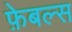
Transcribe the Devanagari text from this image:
फ़ेबल्स